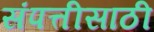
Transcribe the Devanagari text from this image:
संपत्तीसाठी